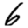
Digit: 6